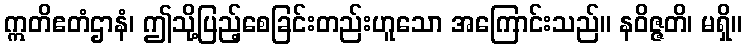
ဣတိဧတံဌာနံ၊ ဤသို့ပြည့်စေခြင်းတည်းဟူသော အကြောင်းသည်။ နဝိဇ္ဇတိ၊ မရှိ။